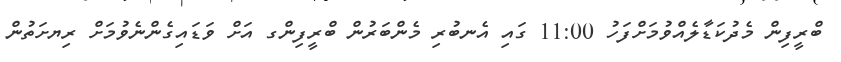
ބްރީފިން މެދުކަޑާލެއްވުމަށްފަހު 11:00 ގައި އެނބުރި މެންބަރުން ބްރީފިންގ އަށް ވަޑައިގެންނެވުމަށް ރިޔށަތުން